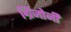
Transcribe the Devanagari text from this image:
ग्रिजोनी